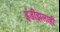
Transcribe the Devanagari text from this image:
इंडीझलाही